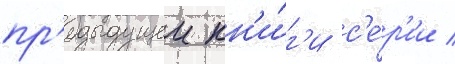
пр'едыдущеи кн'и́г'и с'е́р'ии /